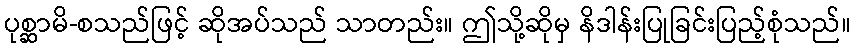
ပုစ္ဆာမိ-စသည်ဖြင့် ဆိုအပ်သည် သာတည်း။ ဤသို့ဆိုမှ နိဒါန်းပြုခြင်းပြည့်စုံသည်။